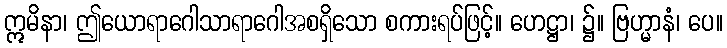
ဣမိနာ၊ ဤယောရာဂေါသာရာဂေါအစရှိသော စကားရပ်ဖြင့်။ ဟေဋ္ဌာ၊ ၌။ ဗြဟ္မာနံ၊ ပေ။